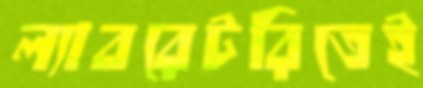
ল্যাবরেটরিতেই